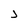
Character: j